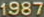
1987